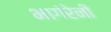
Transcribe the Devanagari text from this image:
भागंरेनी